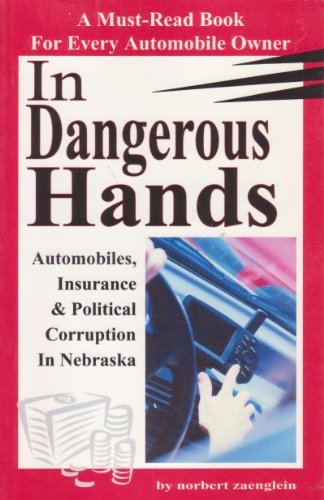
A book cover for In Dangerous Hands: Automobiles, Insurance & Political Corruption In Nebraska; Norbert Zaenglein; Engineering & Transportation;